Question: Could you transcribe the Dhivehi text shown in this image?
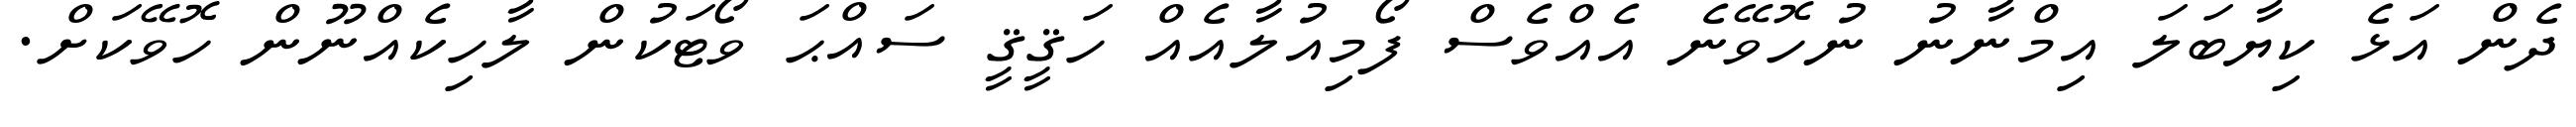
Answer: ދެން އަޅެ ކިޔާބަލަ އިމްނާނު ނުހޮވޭނެ އެއްވެސް ފޯމިއުލާއެއް ހަޤީޤީ ސައްޙަ ވޯޓަކުން ލާހިކެއްނޫން ހޮވޭކަށް.